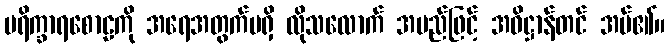
ပရိက္ခာရစောဠကို အရေအတွက်မရှိ လိုသလောက် အမည်ဖြင့် အဓိဋ္ဌာန်တင် အပ်၏။